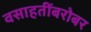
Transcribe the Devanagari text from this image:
वसाहतींबरोबर